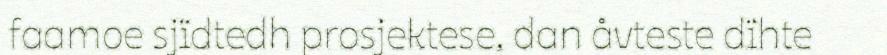
faamoe sjïdtedh prosjektese, dan åvteste dïhte